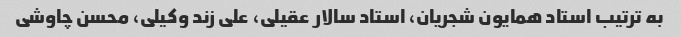
به ترتیب استاد همایون شجریان، استاد سالار عقیلی، علی زند وکیلی، محسن چاوشی